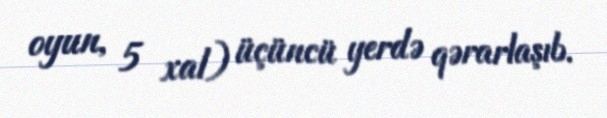
oyun, 5 xal) üçüncü yerdə qərarlaşıb.